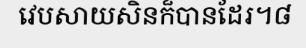
វេបសាយសិនក៏បានដែរ។៨